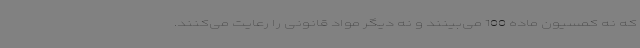
که نه کمسیون ماده 100 می‌بینند و نه دیگر مواد قانونی را رعایت می‌کنند.